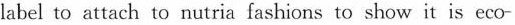
label to attach to nutria fashions to show it is eco-